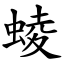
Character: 䗀